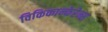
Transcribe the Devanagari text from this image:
विकिकान्फेरेन्स